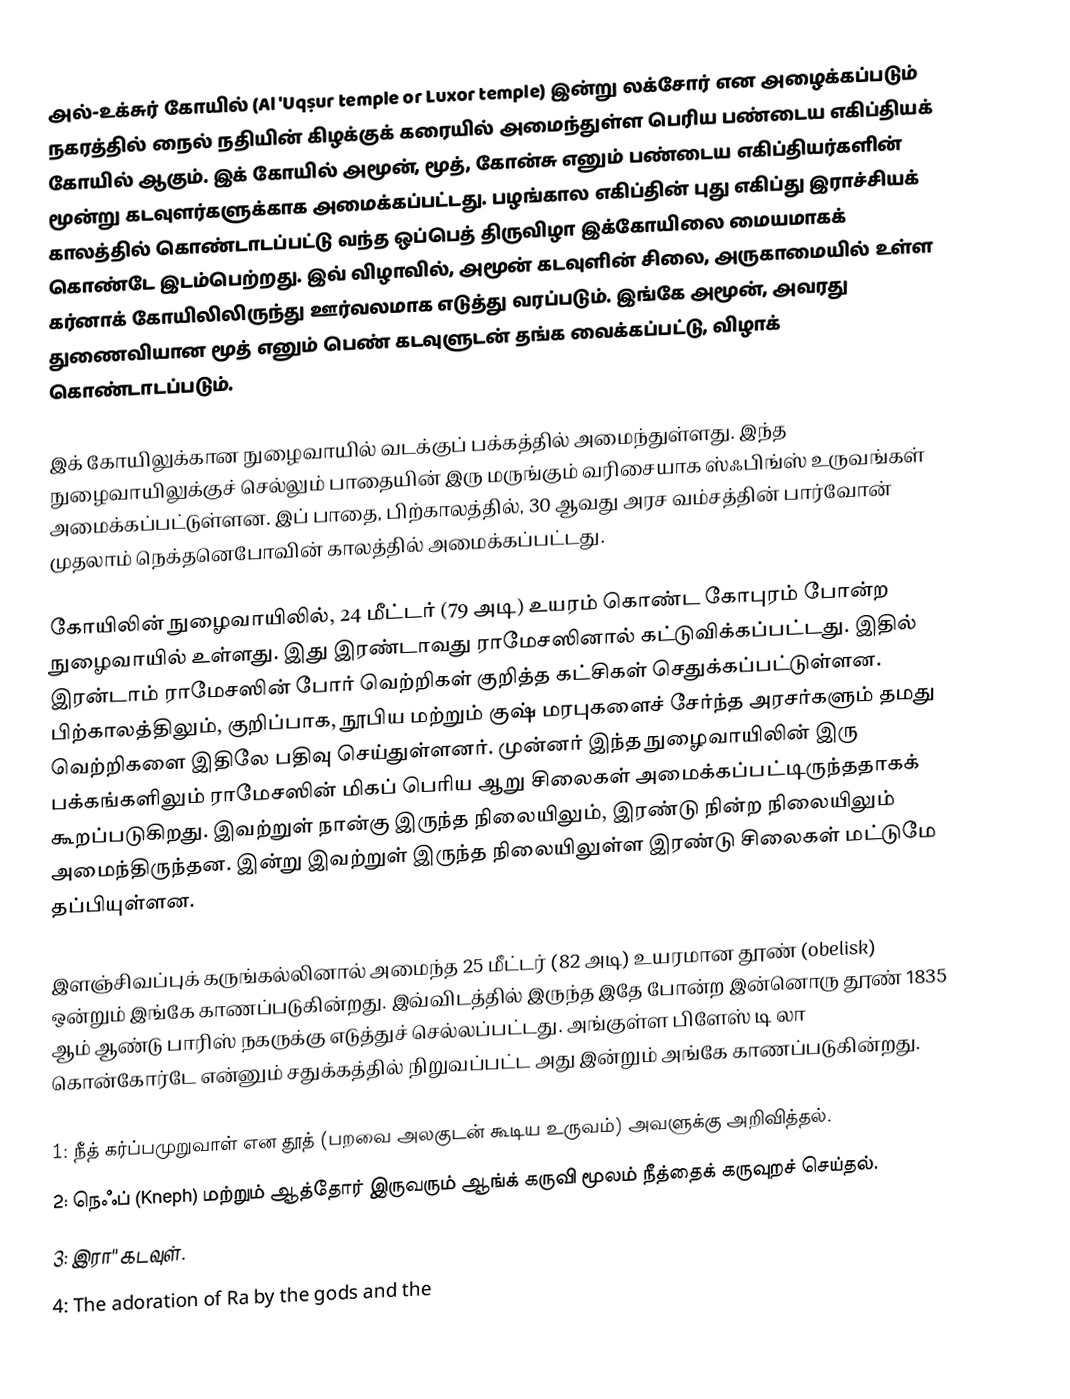
அல்-உக்சுர் கோயில் (Al 'Uqṣur temple or Luxor temple) இன்று லக்சோர் என அழைக்கப்படும் நகரத்தில் நைல் நதியின் கிழக்குக் கரையில் அமைந்துள்ள பெரிய பண்டைய எகிப்தியக் கோயில் ஆகும்.  இக் கோயில் அமூன், மூத், கோன்சு எனும் பண்டைய எகிப்தியர்களின் மூன்று கடவுளர்களுக்காக அமைக்கப்பட்டது. பழங்கால எகிப்தின் புது எகிப்து இராச்சியக் காலத்தில் கொண்டாடப்பட்டு வந்த ஒப்பெத் திருவிழா இக்கோயிலை மையமாகக் கொண்டே இடம்பெற்றது. இவ் விழாவில், அமூன் கடவுளின் சிலை, அருகாமையில் உள்ள கர்னாக் கோயிலிலிருந்து ஊர்வலமாக எடுத்து வரப்படும். இங்கே அமூன், அவரது துணைவியான மூத் எனும் பெண் கடவுளுடன் தங்க வைக்கப்பட்டு, விழாக் கொண்டாடப்படும்.

இக் கோயிலுக்கான நுழைவாயில் வடக்குப் பக்கத்தில் அமைந்துள்ளது. இந்த நுழைவாயிலுக்குச் செல்லும் பாதையின் இரு மருங்கும் வரிசையாக ஸ்ஃபிங்ஸ் உருவங்கள் அமைக்கப்பட்டுள்ளன. இப் பாதை, பிற்காலத்தில், 30 ஆவது அரச வம்சத்தின் பார்வோன் முதலாம் நெக்தனெபோவின் காலத்தில் அமைக்கப்பட்டது.

கோயிலின் நுழைவாயிலில், 24 மீட்டர் (79 அடி) உயரம் கொண்ட கோபுரம் போன்ற நுழைவாயில் உள்ளது. இது இரண்டாவது ராமேசஸினால் கட்டுவிக்கப்பட்டது. இதில் இரன்டாம் ராமேசஸின் போர் வெற்றிகள் குறித்த கட்சிகள் செதுக்கப்பட்டுள்ளன. பிற்காலத்திலும், குறிப்பாக, நூபிய மற்றும் குஷ் மரபுகளைச் சேர்ந்த அரசர்களும் தமது வெற்றிகளை இதிலே பதிவு செய்துள்ளனர். முன்னர் இந்த நுழைவாயிலின் இரு பக்கங்களிலும் ராமேசஸின் மிகப் பெரிய ஆறு சிலைகள் அமைக்கப்பட்டிருந்ததாகக் கூறப்படுகிறது. இவற்றுள் நான்கு இருந்த நிலையிலும், இரண்டு நின்ற நிலையிலும் அமைந்திருந்தன. இன்று இவற்றுள் இருந்த நிலையிலுள்ள இரண்டு சிலைகள் மட்டுமே தப்பியுள்ளன.

இளஞ்சிவப்புக் கருங்கல்லினால் அமைந்த 25 மீட்டர் (82 அடி) உயரமான தூண் (obelisk) ஒன்றும் இங்கே காணப்படுகின்றது. இவ்விடத்தில் இருந்த இதே போன்ற இன்னொரு தூண் 1835 ஆம் ஆண்டு பாரிஸ் நகருக்கு எடுத்துச் செல்லப்பட்டது. அங்குள்ள பிளேஸ் டி லா கொன்கோர்டே என்னும் சதுக்கத்தில் நிறுவப்பட்ட அது இன்றும் அங்கே காணப்படுகின்றது.

1: நீத் கர்ப்பமுறுவாள் என தூத் (பறவை அலகுடன் கூடிய உருவம்) அவளுக்கு அறிவித்தல்.
2: நெஃப் (Kneph) மற்றும் ஆத்தோர் இருவரும் ஆங்க்  கருவி மூலம் நீத்தைக் கருவுறச் செய்தல்.
3: இரா'' கடவுள்.
4: The adoration of Ra by the gods and the